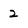
Character: 2